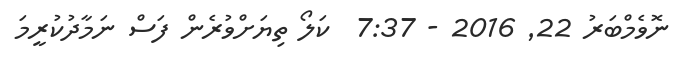
ނޮވެމްބަރު 22